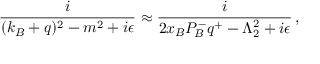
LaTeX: { \frac { i } { ( k _ { B } + q ) ^ { 2 } - m ^ { 2 } + i \epsilon } } \approx { \frac { i } { 2 x _ { B } P _ { \! B } ^ { - } q ^ { + } - \Lambda _ { 2 } ^ { 2 } + i \epsilon } } \, ,